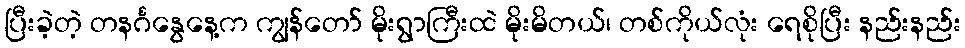
ပြီးခဲ့တဲ့ တနင်္ဂနွေနေ့က ကျွန်တော် မိုးရွာကြီးထဲ မိုးမိတယ်၊ တစ်ကိုယ်လုံး ရေစိုပြီး နည်းနည်း